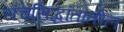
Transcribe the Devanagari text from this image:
संचसिद्धांतातील